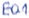
Text: E0.1